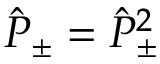
\hat { P } _ { \pm } = \hat { P } _ { \pm } ^ { 2 }